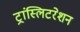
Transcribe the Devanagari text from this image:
ट्रांस्लिटरेशन